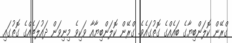
ގްރޭން ކޮލަންބިޔާގެ ބައެއްގެ ގޮތުގައެވެ. ގްރޭން ކޮލަންބިޔާއާ ވަކިވެ މިނިވަން ދައުލަތެއްގެ ގޮތުގައި